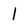
Character: l